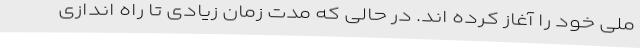
ملی خود را آغاز کرده اند. در حالی که مدت زمان زیادی تا راه اندازی